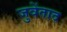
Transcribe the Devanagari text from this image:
जुवेंताद